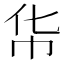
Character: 𮱳